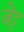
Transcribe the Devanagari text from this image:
जेट्ट